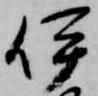
伊